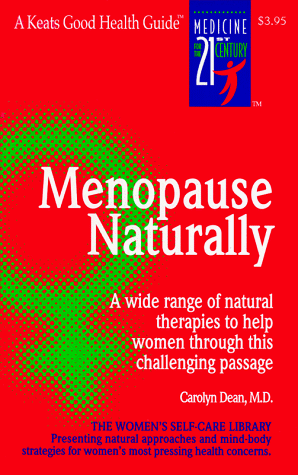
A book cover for Menopause Naturally; Carolyn Dean; Health, Fitness & Dieting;